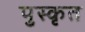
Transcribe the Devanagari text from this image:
पुस्कृत